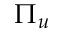
\Pi _ { u }